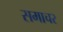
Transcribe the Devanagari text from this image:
समाचर